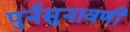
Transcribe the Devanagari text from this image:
पुर्नसुनावणी